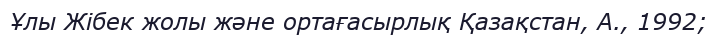
Ұлы Жібек жолы және ортағасырлық Қазақстан, А., 1992;